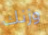
وزنك